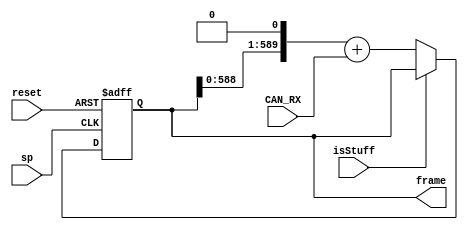
module frameStorage
(
	input	sp, CAN_RX, isStuff, reset,
	//output reg [589:0] frame
	output reg [589:0] frame
);

	
	initial begin
		frame = 0;
	end

	// Determine the next state synchronously, based on the
	// current state and the input
	always @ (posedge sp or posedge reset) begin
		if (reset)
			begin
				frame = 0;
			end
		else if (~isStuff)
			begin
				frame = frame << 1;
				frame = frame + CAN_RX;
			end
	end
	
endmodule